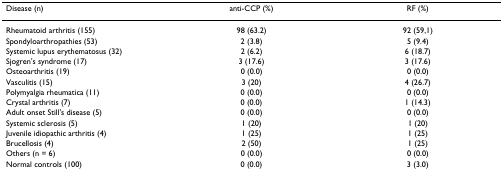
| Disease (n) | anti-CCP (%) | RF (%) |
 | --- | --- | --- |
 | Rheumatoid arthritis (155) | 98 (63.2) | 92 (59,1) |
 | Spondyloarthropathies (53) | 2 (3.8) | 5 (9.4) |
 | Systemic lupus erythematosus (32) | 2 (6.2) | 6 (18.7) |
 | Sjogren's syndrome (17) | 3 (17.6) | 3 (17.6) |
 | Osteoarthritis (19) | 0 (0.0) | 0 (0.0) |
 | Vasculitis (15) | 3 (20) | 4 (26.7) |
 | Polymyalgia rheumatica (11) | 0 (0.0) | 0 (0.0) |
 | Crystal arthritis (7) | 0 (0.0) | 1 (14.3) |
 | Adult onset Still's disease (5) | 0 (0.0) | 0 (0.0) |
 | Systemic sclerosis (5) | 1 (20) | 1 (20) |
 | Juvenile idiopathic arthritis (4) | 1 (25) | 1 (25) |
 | Brucellosis (4) | 2 (50) | 1 (25) |
 | Others (n = 6) | 0 (0.0) | 0 (0.0) |
 | Normal controls (100) | 0 (0.0) | 3 (3.0) |